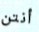
أنتن